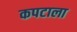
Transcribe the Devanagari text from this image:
कपटाला